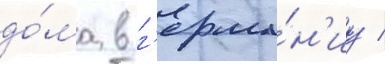
до́ма в г'ерма́н'иу /